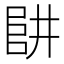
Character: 𠁲